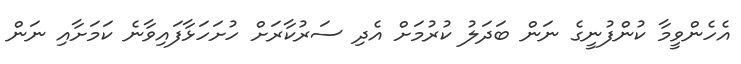
އެހެންވީމާ ކުންފުނީގެ ނަން ބަދަލު ކުރުމަށް އެދި ސަރުކާރަށް ހުށަހަޅާފައިވާނެ ކަމަށާއި ނަން